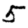
Digit: 5